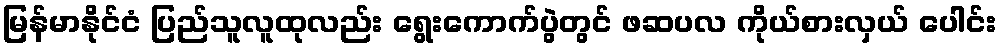
မြန်မာနိုင်ငံ ပြည်သူလူထုလည်း ရွေးကောက်ပွဲတွင် ဖဆပလ ကိုယ်စားလှယ် ပေါင်း